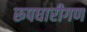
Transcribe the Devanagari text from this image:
रूपधारीगण